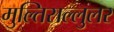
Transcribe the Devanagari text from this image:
मुल्तिसल्लुलर